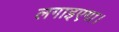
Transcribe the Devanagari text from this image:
लगाइएगा।